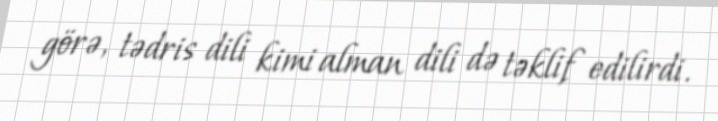
görə, tədris dili kimi alman dili də təklif edilirdi.